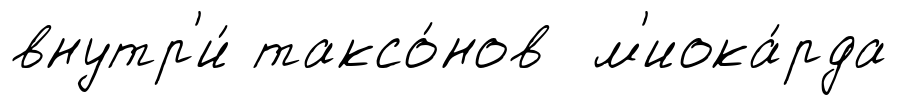
внутр'и́ таксо́нов м'иока́рда